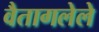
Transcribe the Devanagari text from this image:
वैतागलेले